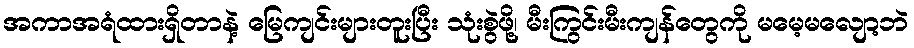
အကာအရံထားရှိတာနဲ့ မြေကျင်းများတူးပြီး သုံးစွဲဖို့၊ မီးကြွင်းမီးကျန်တွေကို မမေ့မလျော့ဘဲ